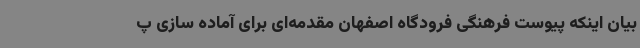
بیان اینکه پیوست فرهنگی فرودگاه اصفهان مقدمه‌ای برای آماده سازی پ